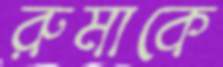
রুমাকে